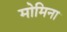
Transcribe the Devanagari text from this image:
मोमिना